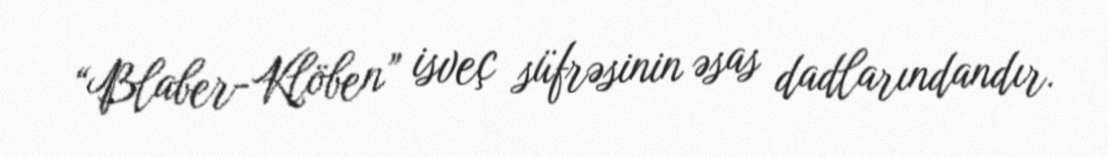
“Blaber-Klöben” isveç süfrəsinin əsas dadlarındandır.